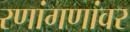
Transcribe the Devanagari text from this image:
रणांगणांवर